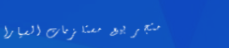
متجر بيع مستلزمات السيارا